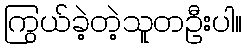
ကြွယ်ခဲ့တဲ့သူတဦးပါ။